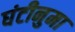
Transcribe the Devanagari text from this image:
घंटीनुमा